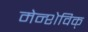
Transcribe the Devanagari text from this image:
मेन्शेविक्